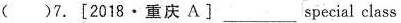
( )7.[2018·重庆 A〕___ special class